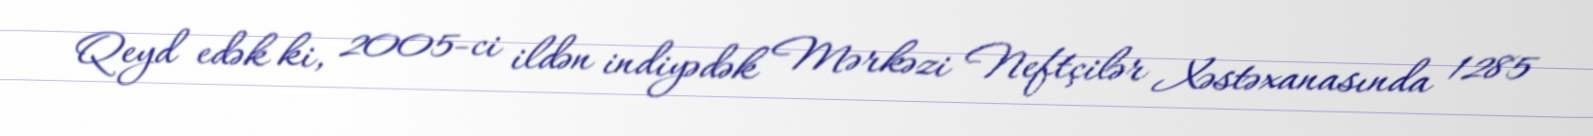
Qeyd edək ki, 2005-ci ildən indiyədək Mərkəzi Neftçilər Xəstəxanasında 1285